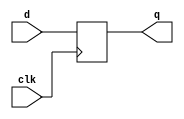
module PipeReg(q, d, clk);

parameter n = 70;

output reg [n-1:0]q;
input [n-1:0]d;
input clk;

always@(posedge clk)
begin
	q <= d;
end
endmodule